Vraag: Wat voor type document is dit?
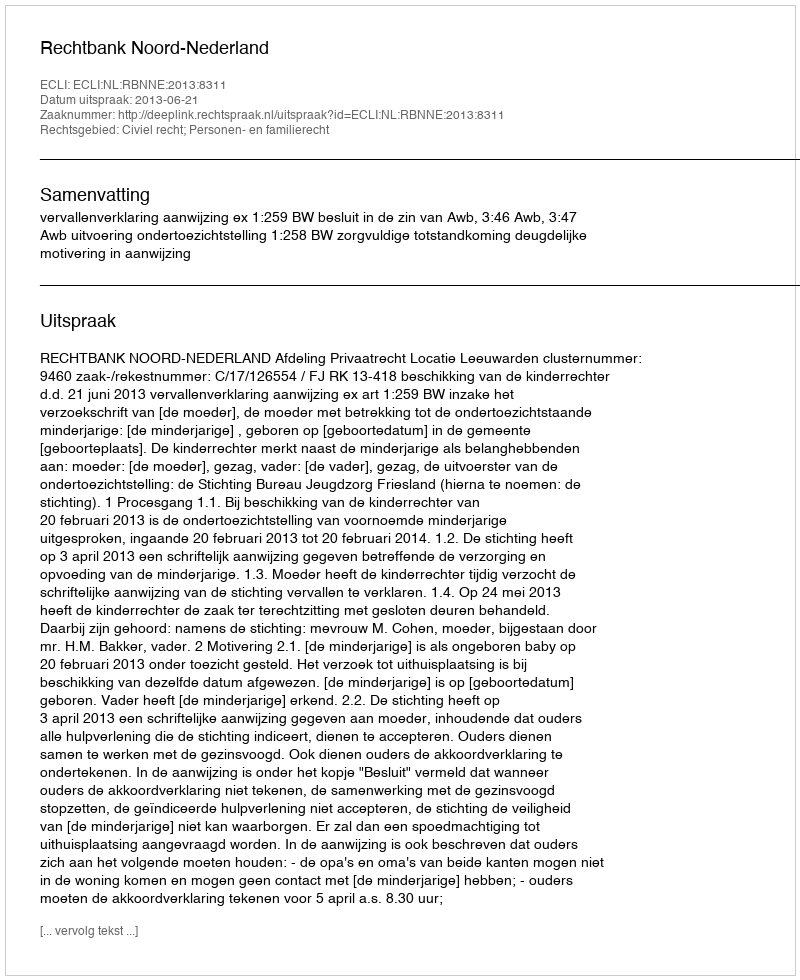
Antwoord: Uitspraak